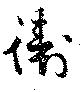
衛